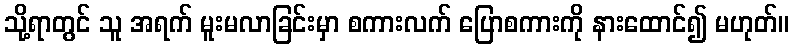
သို့ရာတွင် သူ အရက် မူးမလာခြင်းမှာ စကားလက် ပြောစကားကို နားထောင်၍ မဟုတ်။